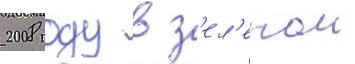
2008 году в з'ел'енои